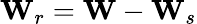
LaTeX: {\mathbf W}_{r}={\mathbf W}-{\mathbf W}_{s}